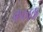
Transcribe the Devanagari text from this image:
ककाक